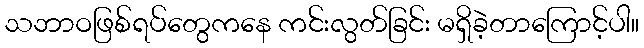
သဘာဝဖြစ်ရပ်တွေကနေ ကင်းလွတ်ခြင်း မရှိခဲ့တာကြောင့်ပါ။